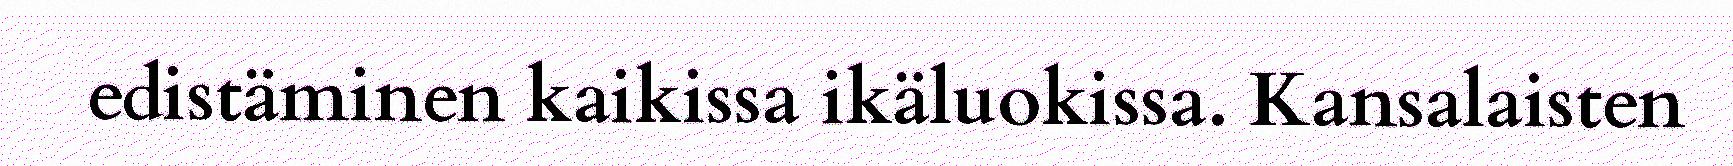
edistäminen kaikissa ikäluokissa. Kansalaisten